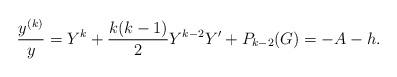
LaTeX: \begin{align*} \frac{y^{(k)}}{y}= Y^k +\frac{k(k-1)}{2}Y^{k-2}Y'+ P_{k-2}(G)=-A-h.\end{align*}